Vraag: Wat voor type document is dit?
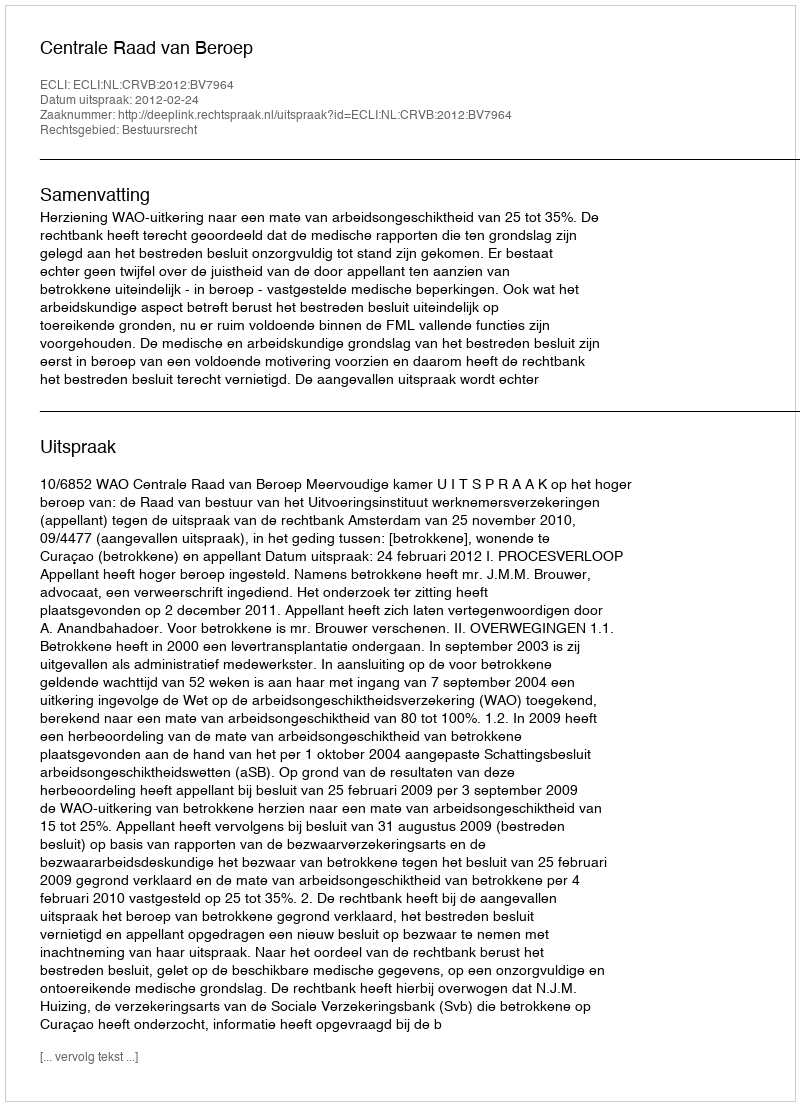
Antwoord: Uitspraak